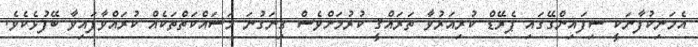
އެމަނިކުފާނަކީ ސިފައިންގޭގައި ޕެރޭޑް ކުރިއަރުވާ ތަރައްޤީ ކުރުމަށްވެސް ގިނަގުނަ މަސައްކަތްތަކެއް ކުރައްވާފައިވާ ބޭފުޅެކެވެ.